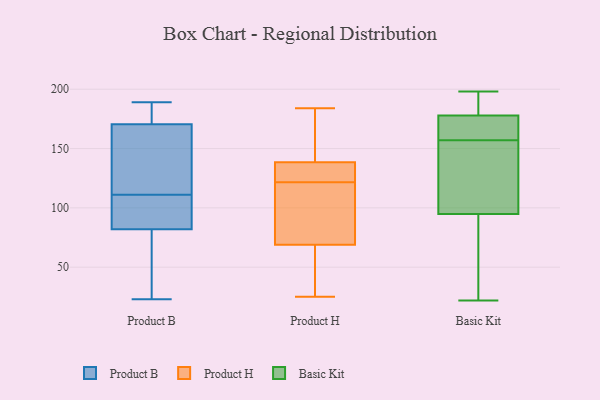
{"axis": {"x": "Operating Costs (USD K)", "y": "Value"}, "legend": ["Basic Kit", "Product B", "Product H"], "data": [{"x": "", "y": 81, "type": "Product B"}, {"x": "", "y": 79, "type": "Product B"}, {"x": "", "y": 168, "type": "Product B"}, {"x": "", "y": 95, "type": "Product B"}, {"x": "", "y": 185, "type": "Product B"}, {"x": "", "y": 85, "type": "Product B"}, {"x": "", "y": 101, "type": "Product B"}, {"x": "", "y": 83, "type": "Product B"}, {"x": "", "y": 84, "type": "Product B"}, {"x": "", "y": 189, "type": "Product B"}, {"x": "", "y": 121, "type": "Product B"}, {"x": "", "y": 183, "type": "Product B"}, {"x": "", "y": 23, "type": "Product B"}, {"x": "", "y": 168, "type": "Product B"}, {"x": "", "y": 183, "type": "Product B"}, {"x": "", "y": 173, "type": "Product B"}, {"x": "", "y": 168, "type": "Product B"}, {"x": "", "y": 167, "type": "Product B"}, {"x": "", "y": 29, "type": "Product B"}, {"x": "", "y": 68, "type": "Product B"}, {"x": "", "y": 34, "type": "Product H"}, {"x": "", "y": 138, "type": "Product H"}, {"x": "", "y": 114, "type": "Product H"}, {"x": "", "y": 109, "type": "Product H"}, {"x": "", "y": 70, "type": "Product H"}, {"x": "", "y": 139, "type": "Product H"}, {"x": "", "y": 156, "type": "Product H"}, {"x": "", "y": 25, "type": "Product H"}, {"x": "", "y": 68, "type": "Product H"}, {"x": "", "y": 179, "type": "Product H"}, {"x": "", "y": 135, "type": "Product H"}, {"x": "", "y": 39, "type": "Product H"}, {"x": "", "y": 184, "type": "Product H"}, {"x": "", "y": 131, "type": "Product H"}, {"x": "", "y": 129, "type": "Product H"}, {"x": "", "y": 91, "type": "Product H"}, {"x": "", "y": 108, "type": "Basic Kit"}, {"x": "", "y": 86, "type": "Basic Kit"}, {"x": "", "y": 164, "type": "Basic Kit"}, {"x": "", "y": 180, "type": "Basic Kit"}, {"x": "", "y": 160, "type": "Basic Kit"}, {"x": "", "y": 91, "type": "Basic Kit"}, {"x": "", "y": 60, "type": "Basic Kit"}, {"x": "", "y": 106, "type": "Basic Kit"}, {"x": "", "y": 198, "type": "Basic Kit"}, {"x": "", "y": 121, "type": "Basic Kit"}, {"x": "", "y": 170, "type": "Basic Kit"}, {"x": "", "y": 171, "type": "Basic Kit"}, {"x": "", "y": 138, "type": "Basic Kit"}, {"x": "", "y": 45, "type": "Basic Kit"}, {"x": "", "y": 188, "type": "Basic Kit"}, {"x": "", "y": 157, "type": "Basic Kit"}, {"x": "", "y": 192, "type": "Basic Kit"}, {"x": "", "y": 22, "type": "Basic Kit"}, {"x": "", "y": 183, "type": "Basic Kit"}]}